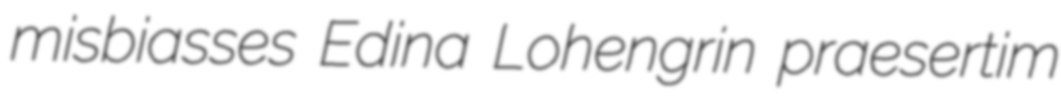
misbiasses Edina Lohengrin praesertim